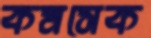
কমসেক